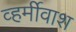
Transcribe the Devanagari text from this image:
व्हर्मीवाश